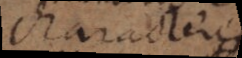
characteres.